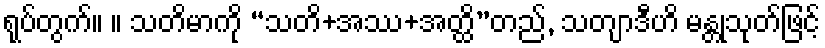
ရုပ်တွက်။ ။ သတိမာကို “သတိ+အဿ+အတ္ထိ”တည်, သတျာဒီဟိ မန္တုသုတ်ဖြင့်